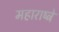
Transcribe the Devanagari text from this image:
महाराष्ट्रे